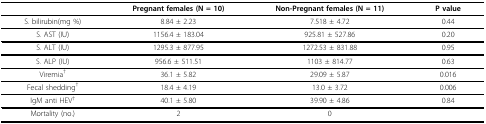
|  | Pregnant females (N = 10) | Non-Pregnant females (N = 11) | P value |
 | --- | --- | --- | --- |
 | S. bilirubin(mg %) | 8.84 ± 2.23 | 7.518 ± 4.72 | 0.44 |
 | S. AST (IU) | 1156.4 ± 183.04 | 925.81 ± 527.86 | 0.20 |
 | S. ALT (IU) | 1295.3 ± 877.95 | 1272.53 ± 831.88 | 0.95 |
 | S. ALP (IU) | 956.6 ± 511.51 | 1103 ± 814.77 | 0.63 |
 | Viremia† | 36.1 ± 5.82 | 29.09 ± 5.87 | 0.016 |
 | Fecal shedding† | 18.4 ± 4.19 | 13.0 ± 3.72 | 0.006 |
 | IgM anti HEV† | 40.1 ± 5.80 | 39.90 ± 4.86 | 0.84 |
 | Mortality (no.) | 2 | 0 |  |